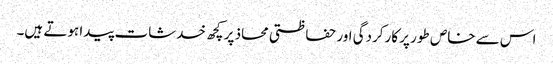
اس سے خاص طور پر کارکردگی اور حفاظتی محاذ پر کچھ خدشات پیدا ہوتے ہیں۔